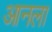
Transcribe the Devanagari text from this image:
आनला